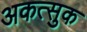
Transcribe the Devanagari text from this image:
अकत्सुक